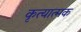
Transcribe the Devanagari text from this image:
कृत्यात्मक